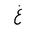
Letter: _gayn